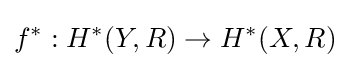
f^{*}:H^{*}(Y,R)\to H^{*}(X,R)